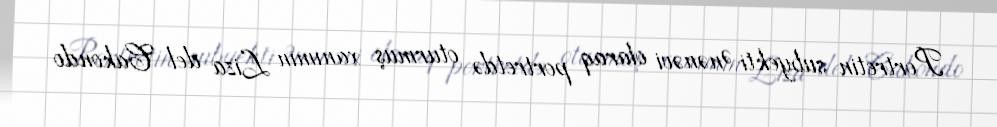
Portretin subyekti Ənənəvi olaraq portretdə oturmuş xanımın Liza del Cakondo